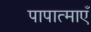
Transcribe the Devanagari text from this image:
पापात्माएँ